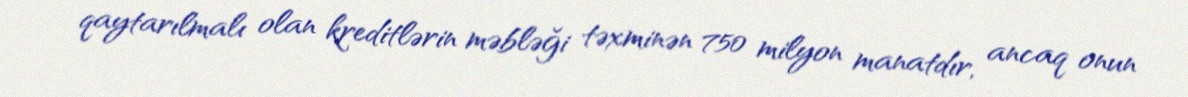
qaytarılmalı olan kreditlərin məbləği təxminən 750 milyon manatdır, ancaq onun